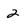
Character: 2